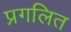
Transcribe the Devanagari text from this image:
प्रगलित